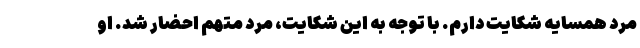
مرد همسایه شکایت دارم. با توجه به این شکایت، مرد متهم احضار شد. او